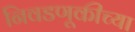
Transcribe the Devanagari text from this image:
निवडणूकीच्या